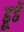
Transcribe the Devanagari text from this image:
ढूढें